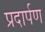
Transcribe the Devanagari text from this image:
प्रदार्पण